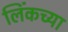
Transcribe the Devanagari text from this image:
लिंकच्या